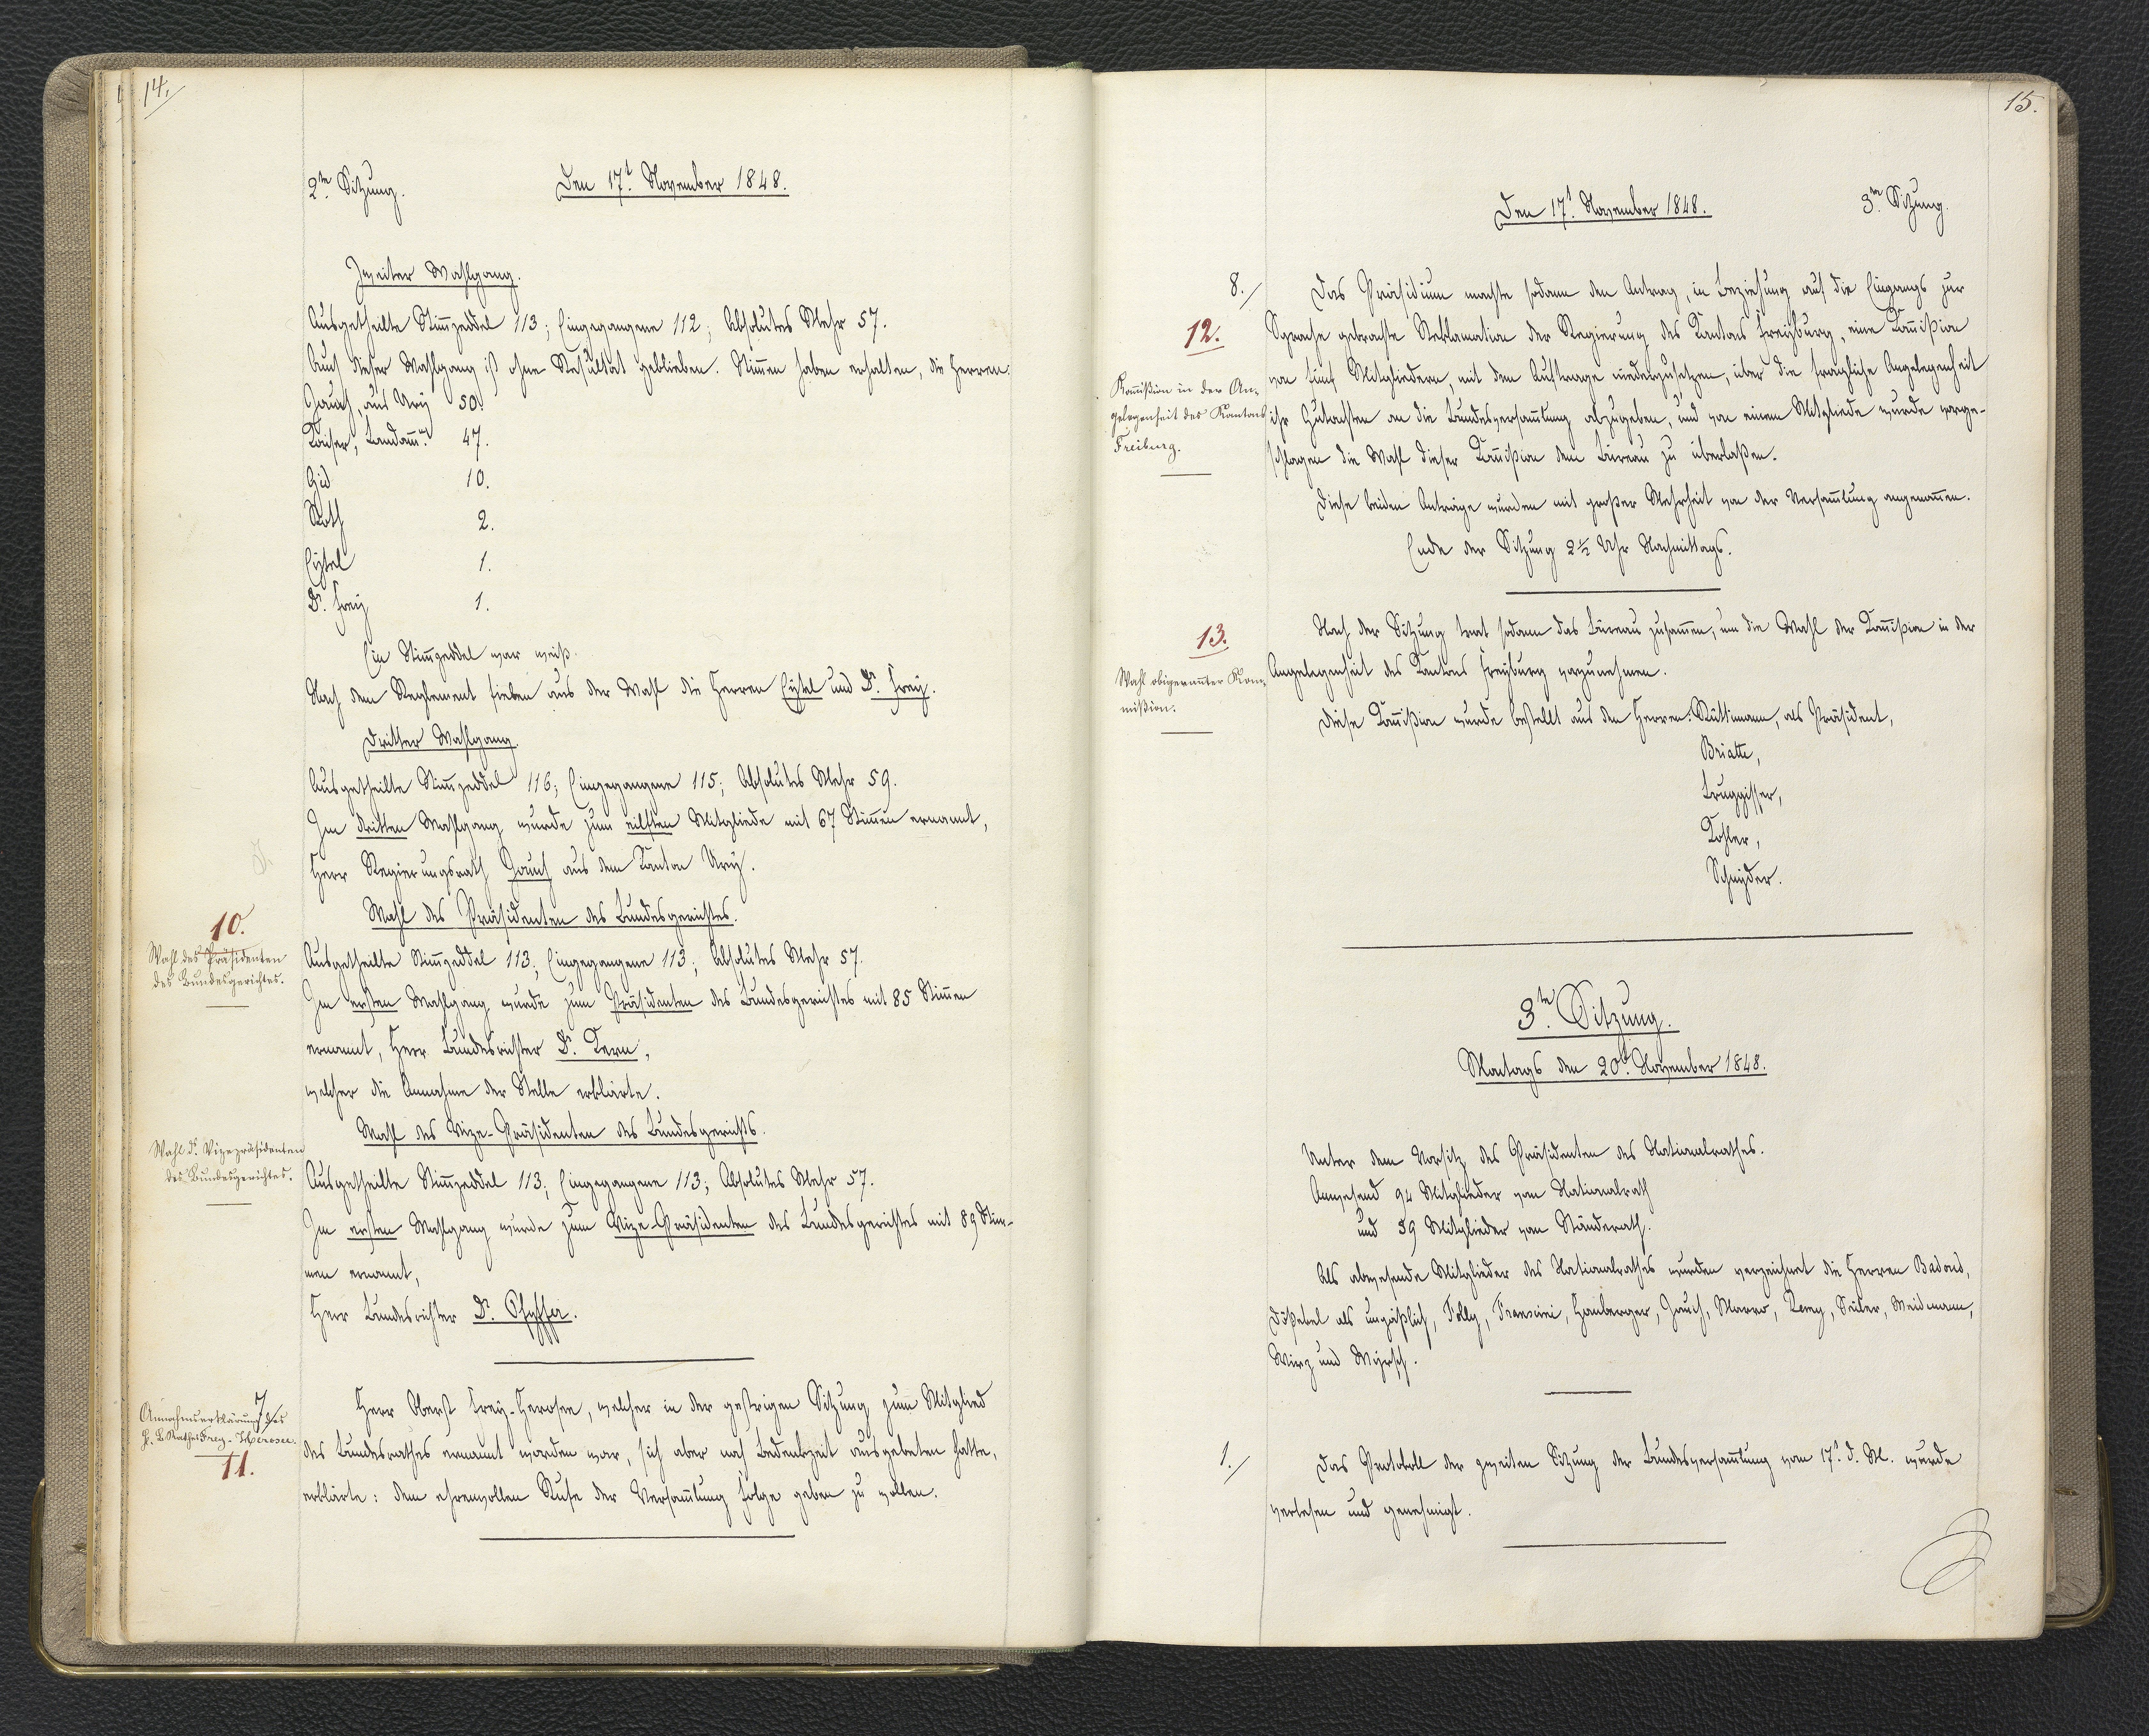
15.

3.te Sitzung.
Montags den 20. November 1848.

Unter dem Vorsitz des Präsidenten des Nationalrathes.
Anwesend 94 Mitglieder vom Nationalrath
und 59 Mitglieder vom Ständerath.
Als abwesende Mitglieder des Nationalrathes wurden verzeichnet die Herren Badoud,
Dößekel als unpäßlich, Folly, Franscini, Homberger, Jauch, Marro, Remy, Seiler, Weidmann,
Wirz und Wyrsch.
Das Protokoll der zweiten Sitzung der Bundesversammlung vom 17.t d. M. wurde
verlesen und genehmigt.

1.